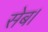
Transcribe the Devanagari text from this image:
सेब।